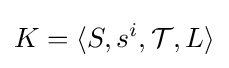
K=\langle S,s^{i},{\mathcal {T}},L\rangle